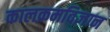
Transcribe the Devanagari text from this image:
कालक्रमविज्ञान